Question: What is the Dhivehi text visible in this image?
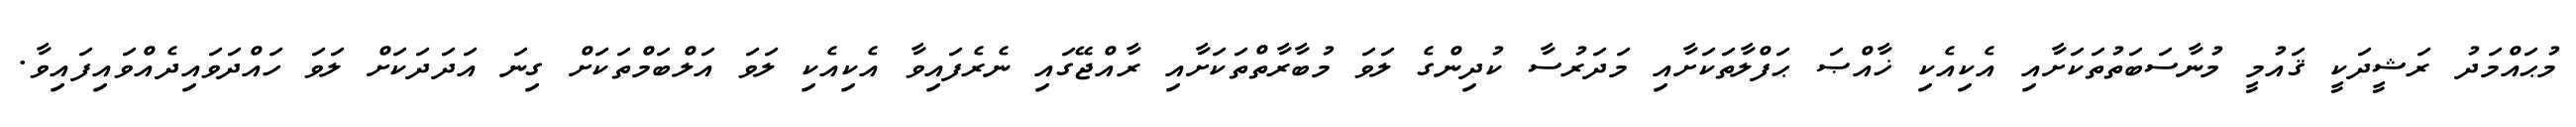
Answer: މުޙައްމަދު ރަޝީދަކީ ޤައުމީ މުނާސަބަތުތަކަށާއި އެކިއެކި ޚާއްޞަ ޙަފްލާތަކަށާއި މަދަރުސާ ކުދިންގެ ލަވަ މުބާރާތްތަކަށާއި ރާއްޖޭގައި ނެރެފައިވާ އެކިއެކި ލަވަ އަލްބަމްތަކަށް ގިނަ އަދަދަކަށް ލަވަ ހައްދަވައިދެއްވައިފައިވާ.